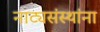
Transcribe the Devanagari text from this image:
नाट्यसंस्थांना